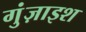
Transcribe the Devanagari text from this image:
गुंज़ाइश